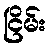
ငြိမ်း